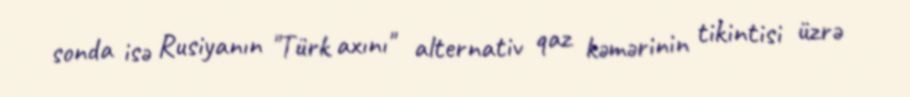
sonda isə Rusiyanın "Türk axını" alternativ qaz kəmərinin tikintisi üzrə